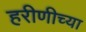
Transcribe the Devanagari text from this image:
हरीणीच्या